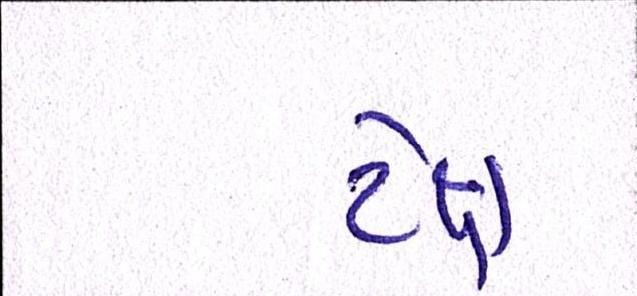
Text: ટેક્ષ